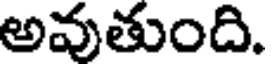
అవుతుంది.